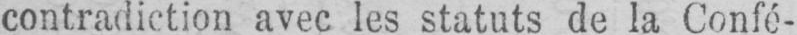
contradiction avec les statuts de la Confé-